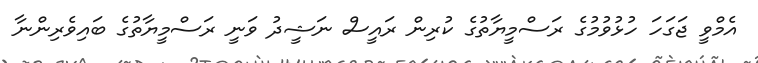
އެމްވީ ޖަގަހަ ހުޅުވުމުގެ ރަސްމީޔާތުގެ ކުރިން ރައީސް ނަޝީދު ވަނީ ރަސްމީޔާތުގެ ބައިވެރިންނާ